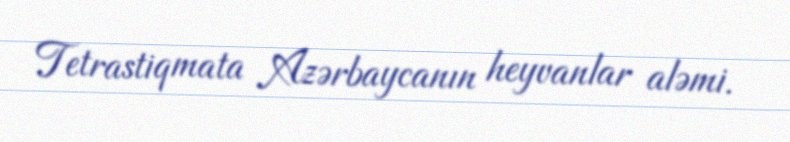
Tetrastiqmata Azərbaycanın heyvanlar aləmi.